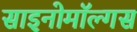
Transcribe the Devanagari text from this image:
साइनोमॉल्गस